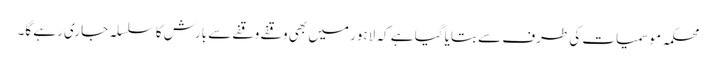
محکمہ موسمیات کی طرف سے بتایا گیا ہے کہ لاہور میں بھی وقفے وقفے سے بارش کا سلسلہ جاری رہے گا۔